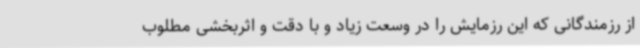
از رزمندگانی که این رزمایش را در وسعت زیاد و با دقت و اثربخشی مطلوب